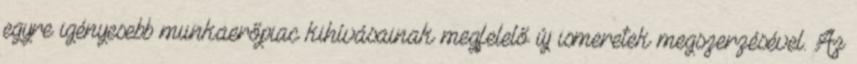
egyre igényesebb munkaerőpiac kihívásainak megfelelő új ismeretek megszerzésével. Az